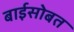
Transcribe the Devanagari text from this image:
बाईसोबत